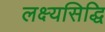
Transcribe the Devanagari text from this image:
लक्ष्यसिद्धि